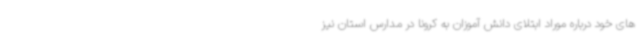
های خود درباره موراد ابتلای دانش آموزان به کرونا در مدارس استان نیز